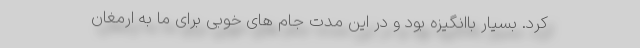
کرد. بسیار باانگیزه بود و در این مدت جام های خوبی برای ما به ارمغان